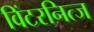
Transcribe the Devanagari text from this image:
विंटरनित्ज